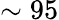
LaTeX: \sim 95